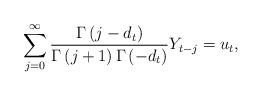
LaTeX: \begin{align*}\sum_{j=0}^{\infty }\frac{\Gamma \left( j-d_{t}\right) }{\Gamma \left(j+1\right) \Gamma \left( -d_{t}\right) }Y_{t-j}=u_{t}, \end{align*}